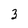
Character: 3